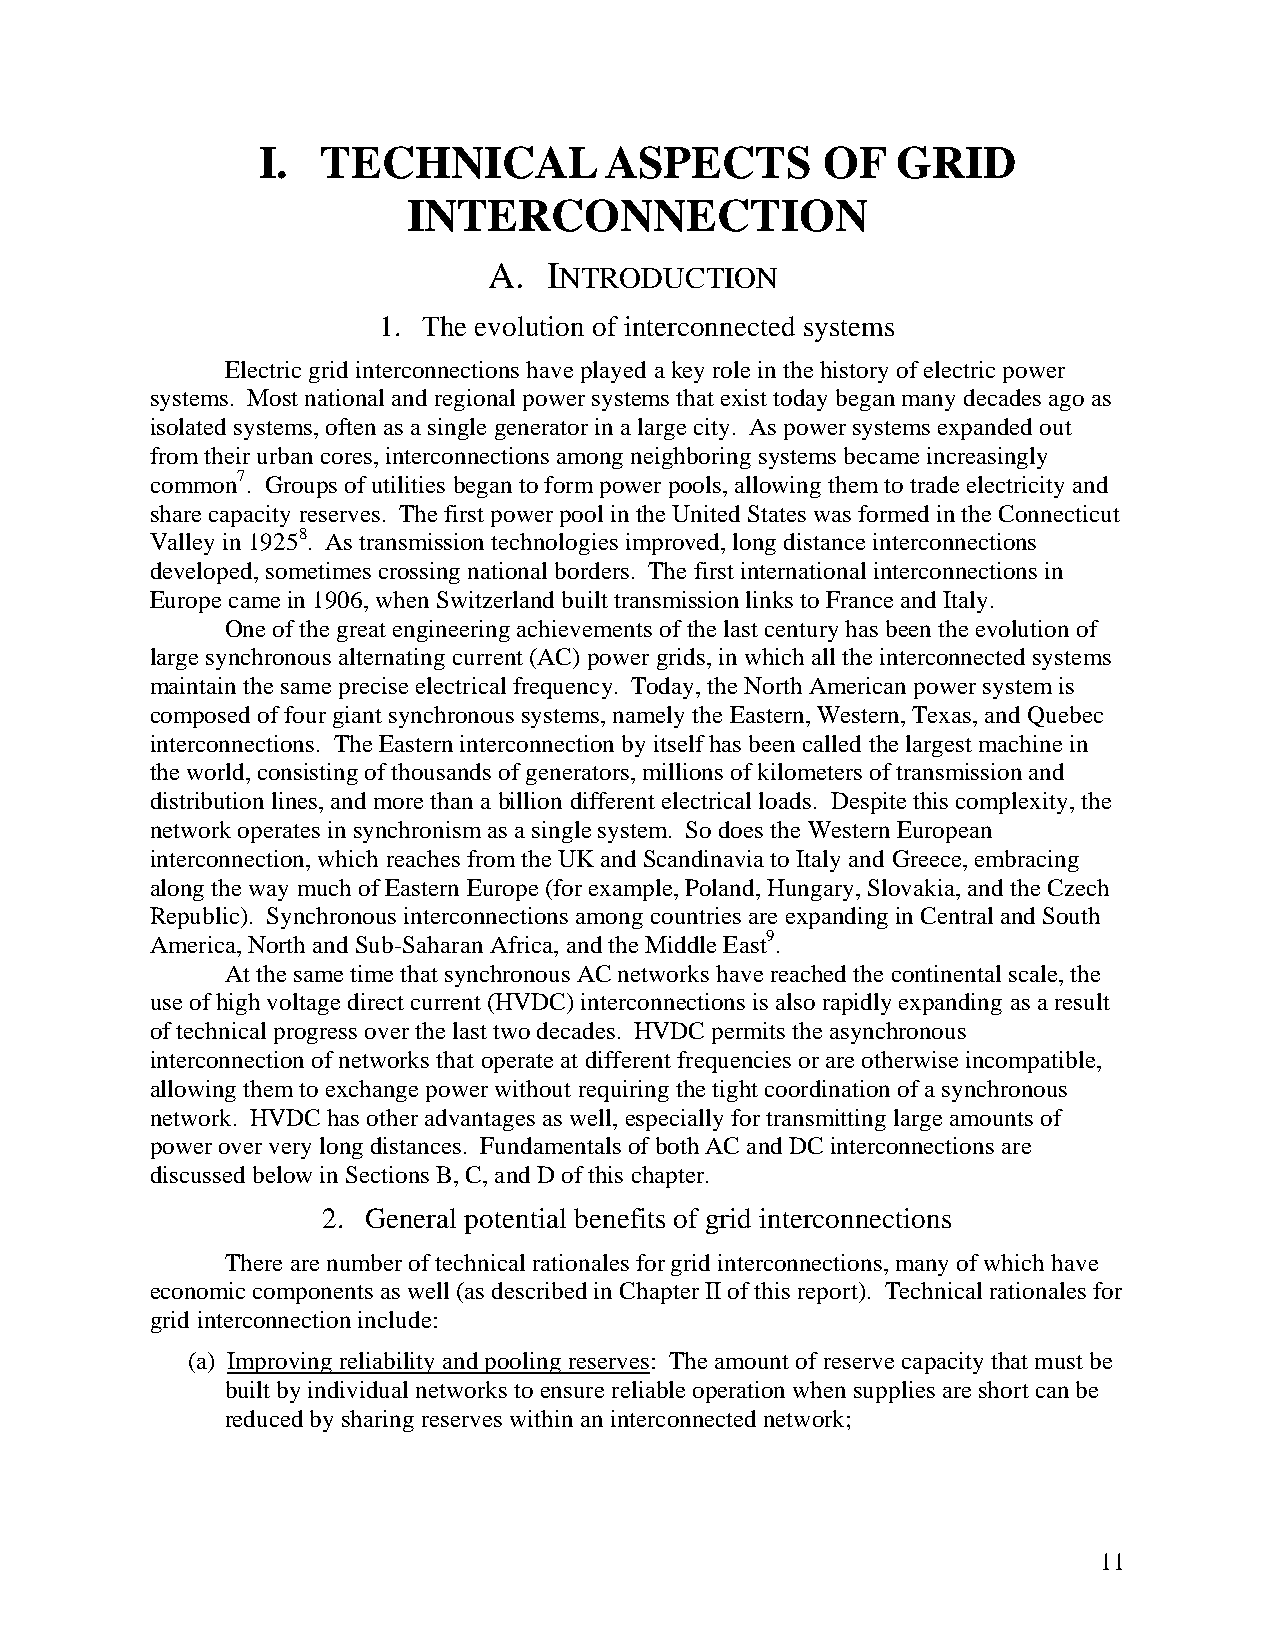
I.  TECHNICAL          ASPECTS        OF  GRID
 INTERCONNECTION
 A.  INTRODUCTION
 1. The evolution of interconnected systems
 Electric grid interconnections have played a key role in the history of electric power
 systems. Most national and regional power systems that exist today began many decades ago as
 isolated systems, often as a single generator in a large city. As power systems expanded out
 from their urban cores, interconnections among neighboring systems became increasingly
 common7. Groups of utilities began to form power pools, allowing them to trade electricity and
 share capacity reserves. The first power pool in the United States was formed in the Connecticut
 Valley in 19258. As transmission technologies improved, long distance interconnections
 developed, sometimes crossing national borders. The first international interconnections in
 Europe came in 1906, when Switzerland built transmission links to France and Italy.
 One of the great engineering achievements of the last century has been the evolution of
 large synchronous alternating current (AC) power grids, in which all the interconnected systems
 maintain the same precise electrical frequency. Today, the North American power system is
 composed of four giant synchronous systems, namely the Eastern, Western, Texas, and Quebec
 interconnections. The Eastern interconnection by itself has been called the largest machine in
 the world, consisting of thousands of generators, millions of kilometers of transmission and
 distribution lines, and more than a billion different electrical loads. Despite this complexity, the
 network operates in synchronism as a single system. So does the Western European
 interconnection, which reaches from the UK and Scandinavia to Italy and Greece, embracing
 along the way much of Eastern Europe (for example, Poland, Hungary, Slovakia, and the Czech
 Republic). Synchronous interconnections among countries are expanding in Central and South
 America, North and Sub-Saharan Africa, and the Middle East9.
 At the same time that synchronous AC networks have reached the continental scale, the
 use of high voltage direct current (HVDC) interconnections is also rapidly expanding as a result
 of technical progress over the last two decades. HVDC permits the asynchronous
 interconnection of networks that operate at different frequencies or are otherwise incompatible,
 allowing them to exchange power without requiring the tight coordination of a synchronous
 network. HVDC has other advantages as well, especially for transmitting large amounts of
 power over very long distances. Fundamentals of both AC and DC interconnections are
 discussed below in Sections B, C, and D of this chapter.
 2. General potential benefits of grid interconnections
 There are number of technical rationales for grid interconnections, many of which have
 economic components as well (as described in Chapter II of this report). Technical rationales for
 grid interconnection include:
 (a) Improving reliability and pooling reserves: The amount of reserve capacity that must be
 built by individual networks to ensure reliable operation when supplies are short can be
 reduced by sharing reserves within an interconnected network;
 11